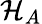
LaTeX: {\mathcal{H}}_{A}